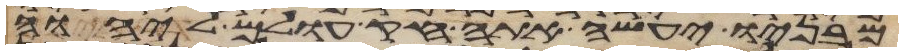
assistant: מבניו יעשה אתה חק עולם ליהוה